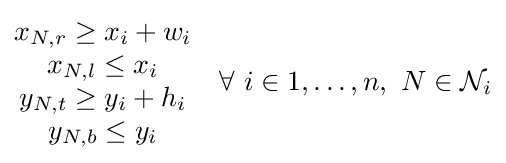
{\begin{matrix}x_{N,r}\geq x_{i}+w_{i}\\x_{N,l}\leq x_{i}\\y_{N,t}\geq y_{i}+h_{i}\\y_{N,b}\leq y_{i}\end{matrix}}\quad \forall \ i\in {1,\ldots ,n},\ N\in {\mathcal {N}}_{i}